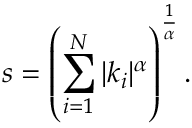
s = \left( \sum _ { i = 1 } ^ { N } | k _ { i } | ^ { \alpha } \right) ^ { \frac { 1 } { \alpha } } .